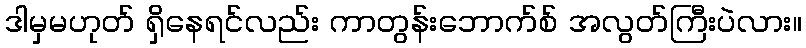
ဒါမှမဟုတ် ရှိနေရင်လည်း ကာတွန်းဘောက်စ် အလွတ်ကြီးပဲလား။